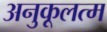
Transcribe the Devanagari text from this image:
अनुकूलत्म